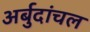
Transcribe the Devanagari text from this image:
अर्बुदांचल